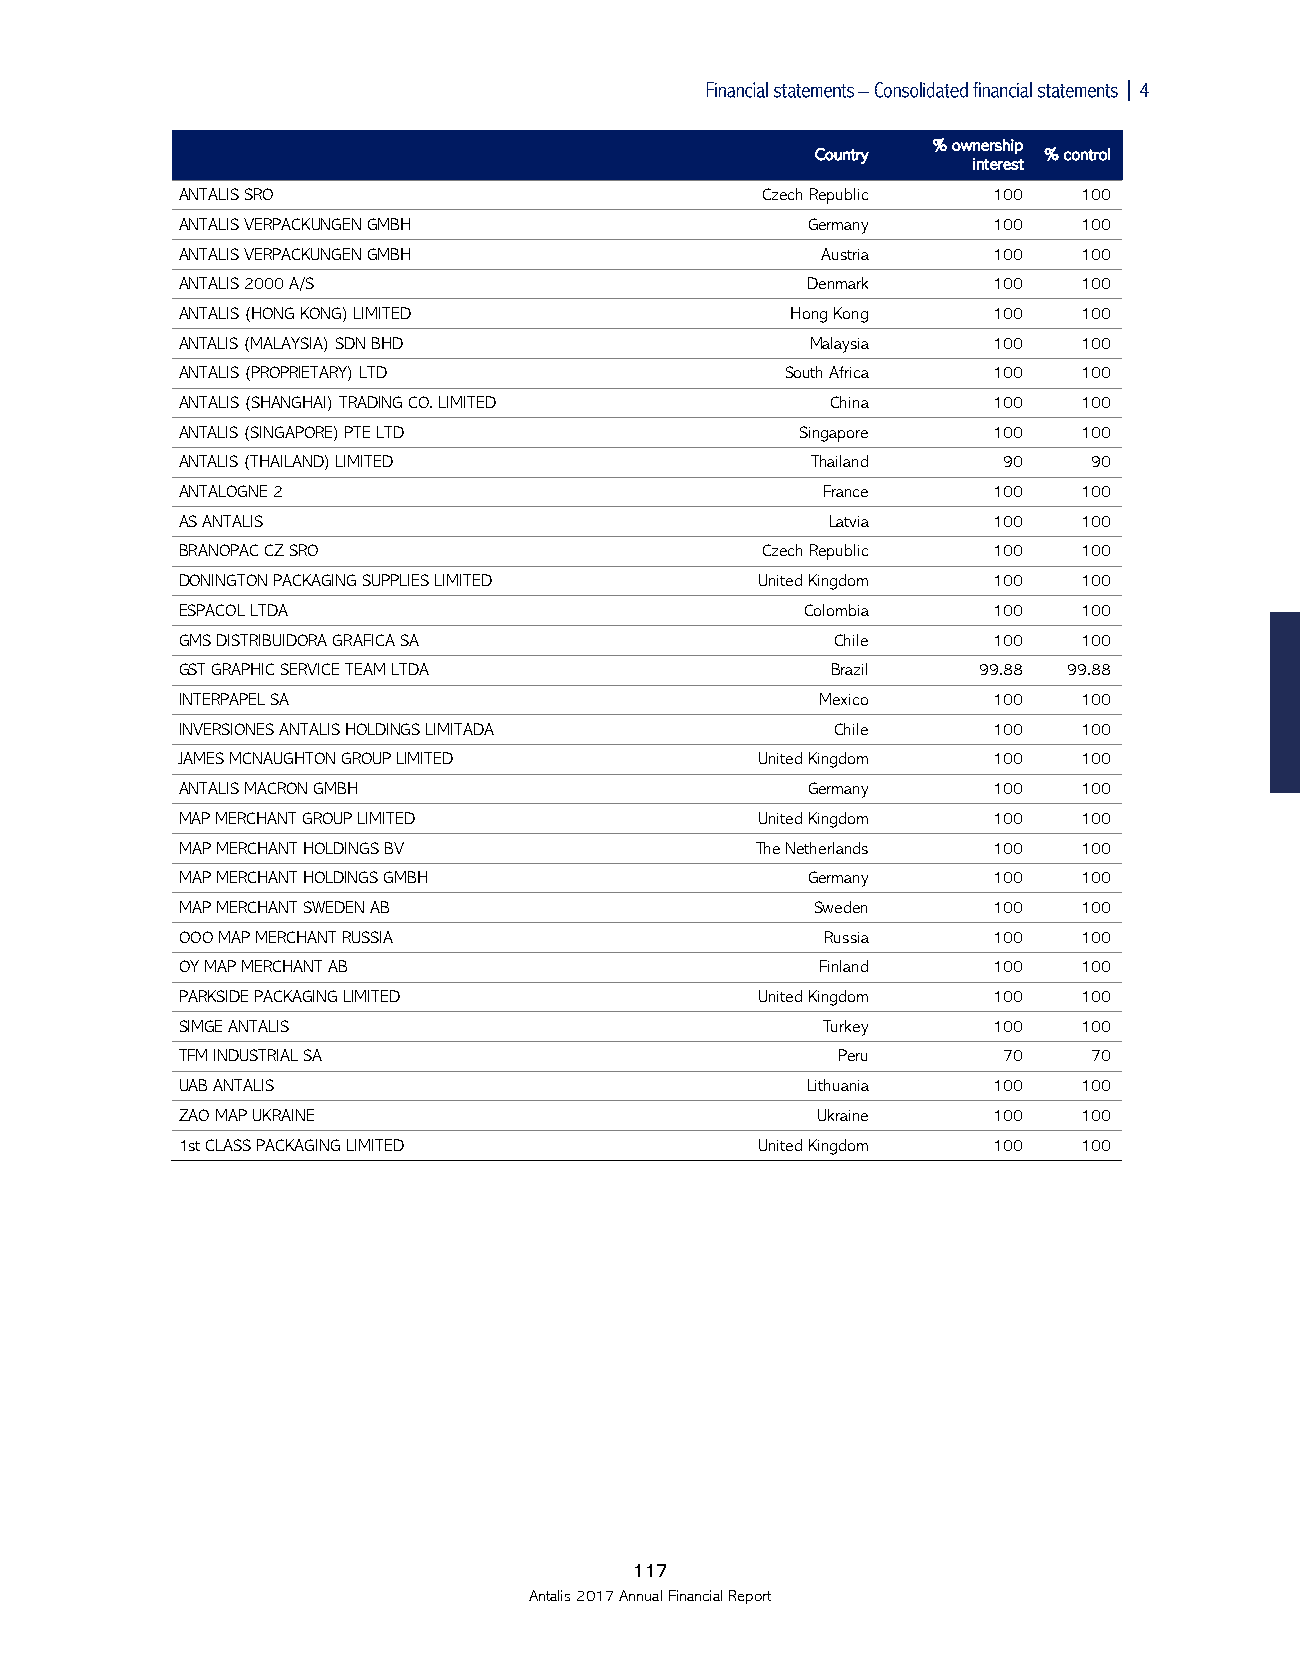

 % ownership
 Country        % control
 interest
 ANTALIS SRO                           Czech Republic  100   100
 ANTALIS VERPACKUNGEN GMBH                Germany      100   100
 ANTALIS VERPACKUNGEN GMBH                 Austria     100   100
 ANTALIS 2000 A/S                         Denmark      100   100
 ANTALIS (HONG KONG) LIMITED             Hong Kong     100   100
 ANTALIS (MALAYSIA) SDN BHD                Malaysia    100   100
 ANTALIS (PROPRIETARY) LTD               South Africa  100   100
 ANTALIS (SHANGHAI) TRADING CO. LIMITED     China      100   100
 ANTALIS (SINGAPORE) PTE LTD              Singapore    100   100
 ANTALIS (THAILAND) LIMITED                Thailand    90    90
 ANTALOGNE 2                               France      100   100
 AS ANTALIS                                 Latvia     100   100
 BRANOPAC CZ SRO                       Czech Republic  100   100
 DONINGTON PACKAGING SUPPLIES LIMITED  United Kingdom  100   100
 ESPACOL LTDA                             Colombia     100   100
 GMS DISTRIBUIDORA GRAFICA SA               Chile      100   100
 GST GRAPHIC SERVICE TEAM LTDA              Brazil    99.88 99.88
 INTERPAPEL SA                             Mexico      100   100
 INVERSIONES ANTALIS HOLDINGS LIMITADA      Chile      100   100
 JAMES MCNAUGHTON GROUP LIMITED        United Kingdom  100   100
 ANTALIS MACRON GMBH                      Germany      100   100
 MAP MERCHANT GROUP LIMITED            United Kingdom  100   100
 MAP MERCHANT HOLDINGS BV              The Netherlands 100   100
 MAP MERCHANT HOLDINGS GMBH               Germany      100   100
 MAP MERCHANT SWEDEN AB                    Sweden      100   100
 OOO MAP MERCHANT RUSSIA                    Russia     100   100
 OY MAP MERCHANT AB                        Finland     100   100
 PARKSIDE PACKAGING LIMITED            United Kingdom  100   100
 SIMGE ANTALIS                             Turkey      100   100
 TFM INDUSTRIAL SA                          Peru       70    70
 UAB ANTALIS                              Lithuania    100   100
 ZAO MAP UKRAINE                           Ukraine     100   100
 1st CLASS PACKAGING LIMITED           United Kingdom  100   100
 117
 Antalis 2017 Annual Financial Report